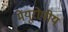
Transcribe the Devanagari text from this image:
मेंयूरोपीय